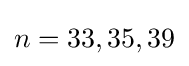
n=33,35,39